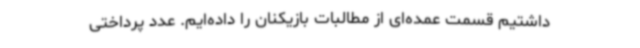
داشتیم قسمت عمده‌ای از مطالبات بازیکنان را داده‌ایم. عدد پرداختی